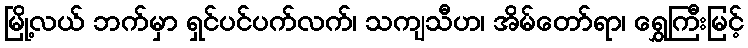
မြို့လယ် ဘက်မှာ ရှင်ပင်ပက်လက်၊ သကျသီဟ၊ အိမ်တော်ရာ၊ ရွှေကြီးမြင့်